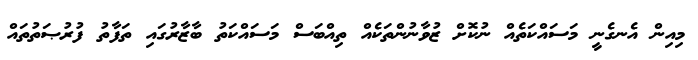
މިއިން އެނގެނީ މަސައްކަތެއް ނުކޮށް ޒުވާނުންތަކެއް ތިއްބަސް މަސައްކަތު ބާޒާރުގައި ތަފާތު ފުރުޞަތުތައް